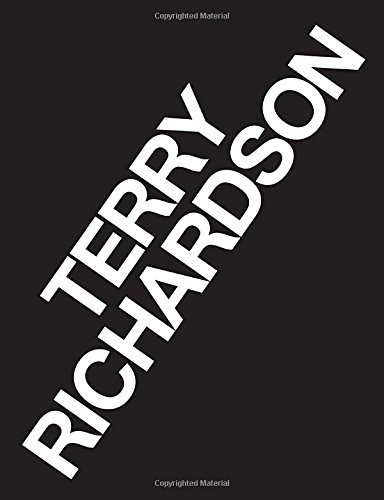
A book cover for Terry Richardson: Volumes 1 & 2: Portraits and Fashion; Terry Richardson; Humor & Entertainment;